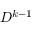
D ^ { k - 1 }